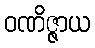
ဝဏိဇ္ဇာယ